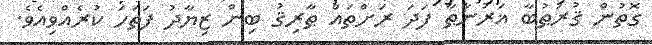
ގޮތުން ޤުރުޠުބާ ޣަރުނާޠާ ފަދަ ރަށްތައް ޠާރިޤު ބިން ޒިޔާދު ފަތަހަ ކުރެއްވިއެވެ.